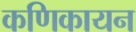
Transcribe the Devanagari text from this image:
कणिकायन